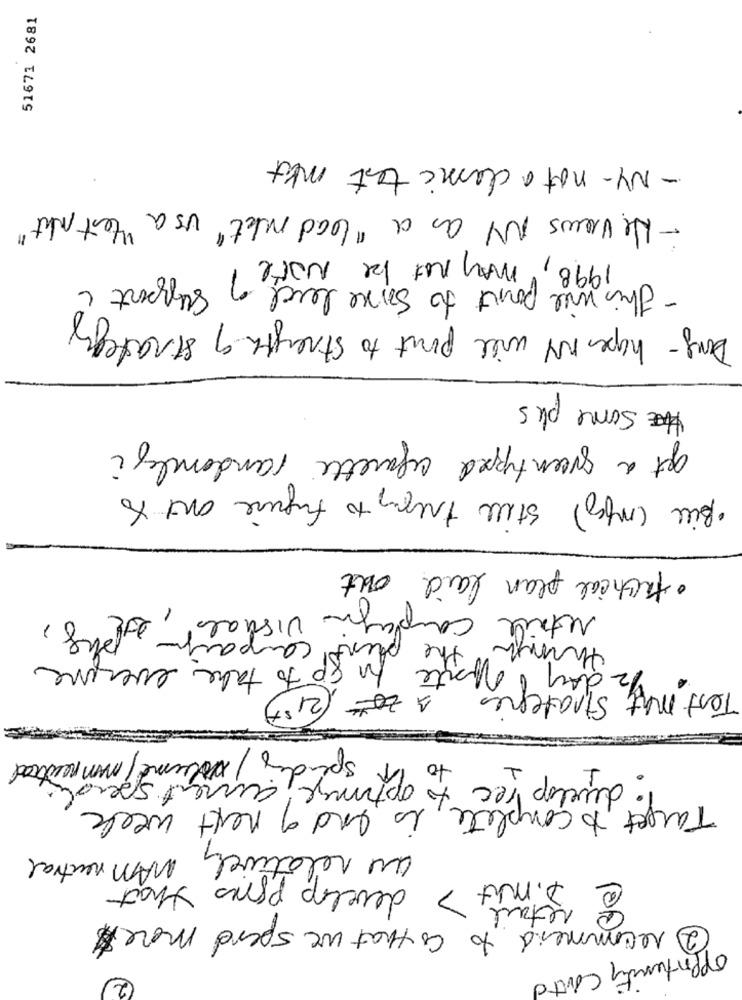
51671 2681
- NY- not a classic test mkt
- He views NY as a "lead nikt" us a " test uht"
1998, may not be Note? support
- This will point to sove level
Dong - hopes NY will pont to strength of strategy
Some plus
get a green tipped agarette randomly i
·Bill (mfg) stell trepay to figure out to
· tactical plan laid out
retail complayin visual, 2018,
plant campayo
things
Test may 2 day the
to go to take everyone
+ Strategies
A Zo (21s)
spender / volume/min neutral
: develop rec to Pr
to optimize, current speed
Target to complete, is end of next week
au relatively MAM neutral
develop pers that
D . mit >
@
retail
2 recommend to as that we spend more$
opportunity conto